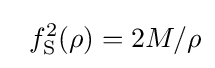
\;\;f_{\text{S}}^{2}(\rho )=2M/\rho